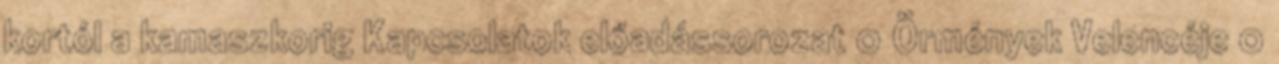
kortól a kamaszkorig Kapcsolatok előadássorozat 0 Örmények Velencéje 0